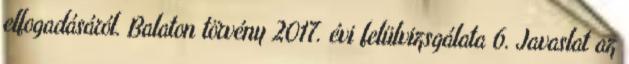
elfogadásáról. Balaton törvény 2017. évi felülvizsgálata 6. Javaslat az